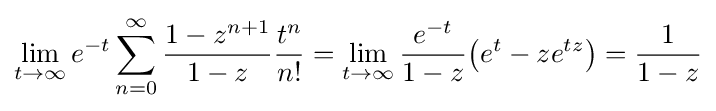
\lim _{t\rightarrow \infty }e^{-t}\sum _{n=0}^{\infty }{\frac {1-z^{n+1}}{1-z}}{\frac {t^{n}}{n!}}=\lim _{t\rightarrow \infty }{\frac {e^{-t}}{1-z}}{\big (}e^{t}-ze^{tz}{\big )}={\frac {1}{1-z}}